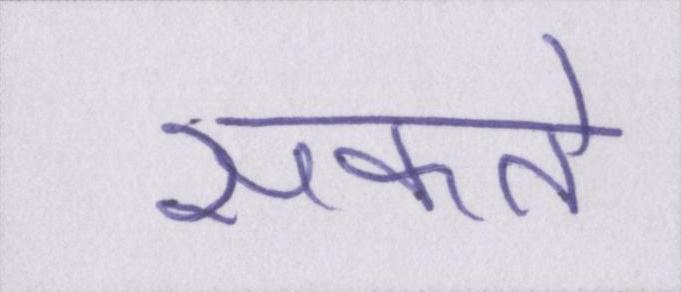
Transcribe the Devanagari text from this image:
सकते